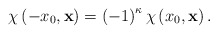
\begin{align*}\chi \left( -x_{0},\mathbf{x}\right) =\left( -1\right) ^{\kappa }\chi \left(x_{0},\mathbf{x}\right) .\end{align*}